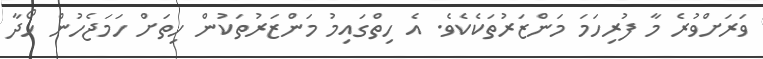
ވަރަށްވުރެ މާ ފުރިހަމަ މަންޒަރުތަކެކެވެ. އެ ހިތްގައިމު މަންޒަރުތަކުން ހިތަށް ހަމަޖެހުން ހޯދާ